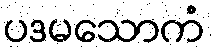
ပဒမသောကံ